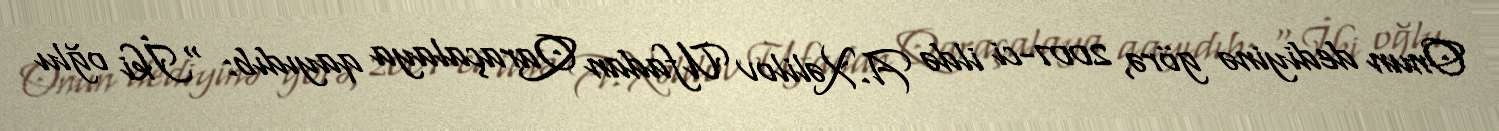
Onun dediyinə görə, 2007-ci ildə A.Xəlilov Ufadan Qaraçalaya qayıdıb: “İki oğlu